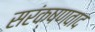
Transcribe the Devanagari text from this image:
सरंक्षणवाद